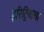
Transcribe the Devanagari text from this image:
इरिट्रियाचा